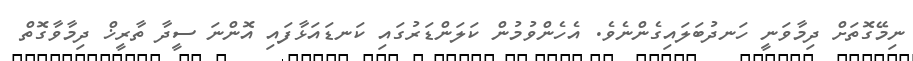
ނިމޭގޮތަށް ދިމާވަނީ ހަނދުބަލައިގެންނެވެ. އެހެންވުމުން ކަލަންޑަރުގައި ކަނޑައަޅާފައި އޮންނަ ސީދާ ތާރީޚް ދިމާވާގޮތް